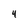
Character: 4